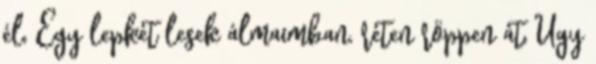
él, Egy lepkét lesek álmaimban, réten röppen át, Úgy